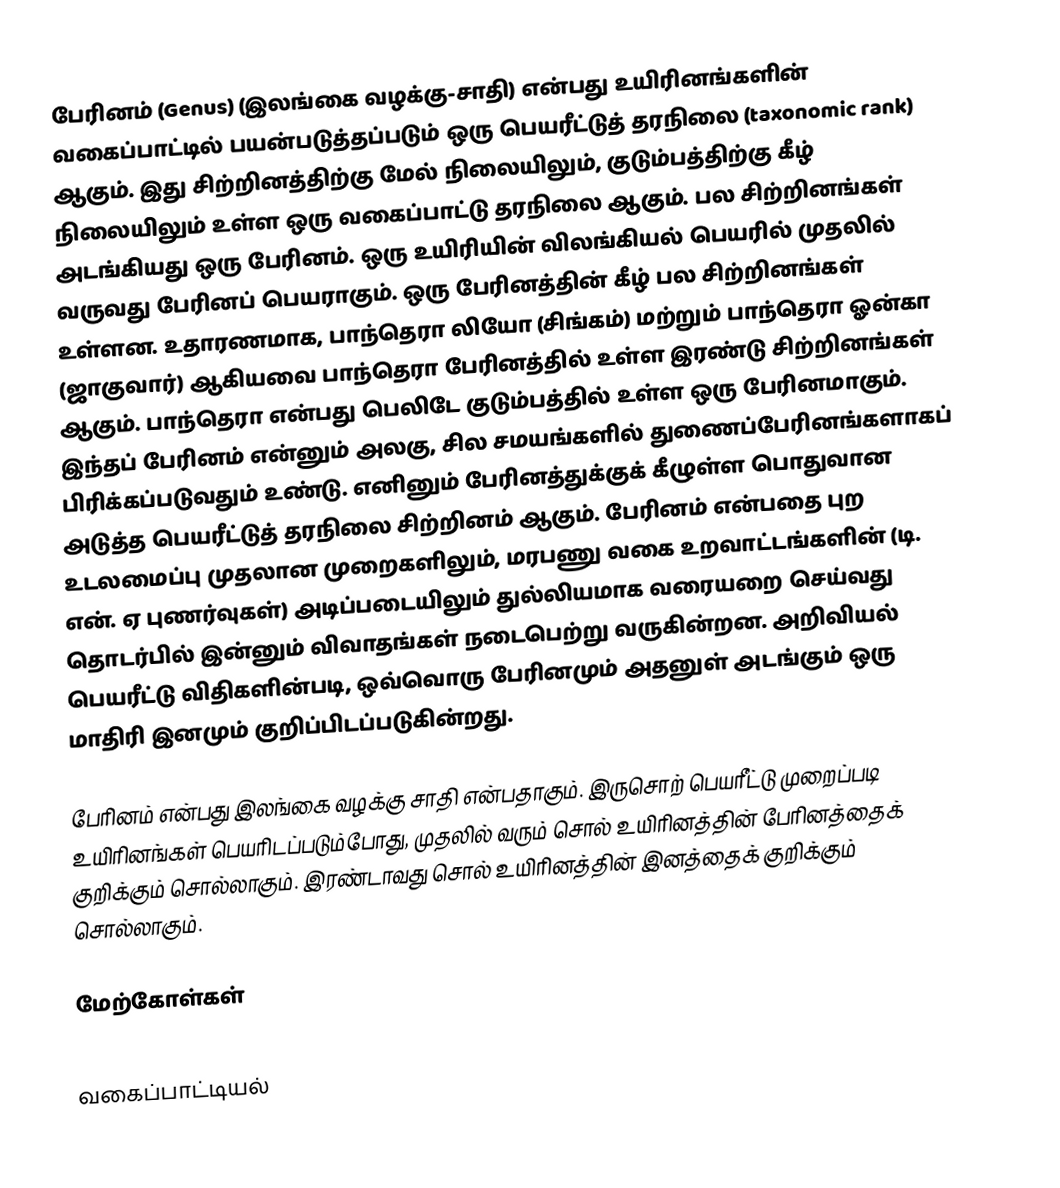
பேரினம் (Genus) (இலங்கை வழக்கு-சாதி) என்பது உயிரினங்களின் வகைப்பாட்டில் பயன்படுத்தப்படும் ஒரு பெயரீட்டுத் தரநிலை (taxonomic rank) ஆகும். இது சிற்றினத்திற்கு மேல் நிலையிலும், குடும்பத்திற்கு கீழ் நிலையிலும் உள்ள ஒரு வகைப்பாட்டு தரநிலை ஆகும். பல சிற்றினங்கள் அடங்கியது ஒரு பேரினம். ஒரு உயிரியின் விலங்கியல் பெயரில் முதலில் வருவது பேரினப் பெயராகும். ஒரு பேரினத்தின் கீழ் பல சிற்றினங்கள் உள்ளன. உதாரணமாக, பாந்தெரா லியோ (சிங்கம்) மற்றும் பாந்தெரா ஓன்கா (ஜாகுவார்) ஆகியவை பாந்தெரா பேரினத்தில் உள்ள இரண்டு சிற்றினங்கள் ஆகும். பாந்தெரா என்பது பெலிடே குடும்பத்தில் உள்ள ஒரு பேரினமாகும். இந்தப் பேரினம் என்னும் அலகு, சில சமயங்களில் துணைப்பேரினங்களாகப் பிரிக்கப்படுவதும் உண்டு. எனினும் பேரினத்துக்குக் கீழுள்ள பொதுவான அடுத்த பெயரீட்டுத் தரநிலை சிற்றினம் ஆகும். பேரினம் என்பதை புற உடலமைப்பு முதலான முறைகளிலும், மரபணு வகை உறவாட்டங்களின் (டி. என். ஏ புணர்வுகள்) அடிப்படையிலும் துல்லியமாக வரையறை செய்வது தொடர்பில் இன்னும் விவாதங்கள் நடைபெற்று வருகின்றன. அறிவியல் பெயரீட்டு விதிகளின்படி, ஒவ்வொரு பேரினமும் அதனுள் அடங்கும் ஒரு மாதிரி இனமும் குறிப்பிடப்படுகின்றது.

பேரினம் என்பது இலங்கை வழக்கு சாதி என்பதாகும். இருசொற் பெயரீட்டு முறைப்படி உயிரினங்கள் பெயரிடப்படும்போது, முதலில் வரும் சொல் உயிரினத்தின் பேரினத்தைக் குறிக்கும் சொல்லாகும். இரண்டாவது சொல் உயிரினத்தின் இனத்தைக் குறிக்கும் சொல்லாகும்.

மேற்கோள்கள்

வகைப்பாட்டியல்